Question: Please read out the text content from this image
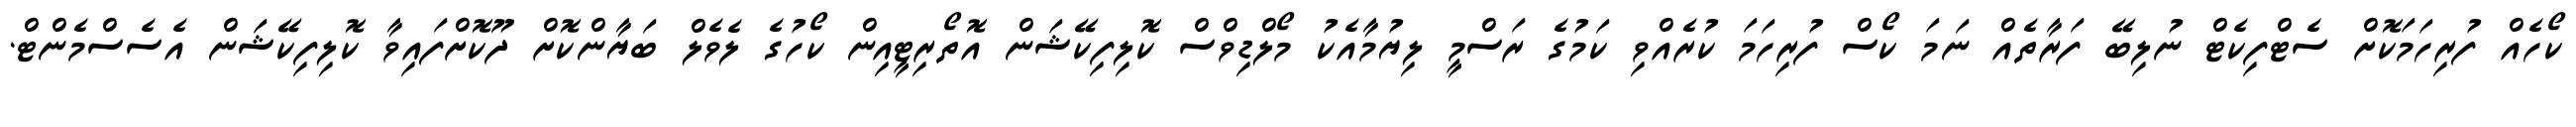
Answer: ކޯހެއް ފުރިހަމަކޮށް ސެޓްފިކެޓް ނުލިބޭ ފަރާތެއް ނަމަ ކޯސް ފުރިހަމަ ކުރެއްވި ކަމުގެ ރަސްމީ ލިޔުމާއެކު މޯލްޑިވްސް ކޮލިފިކޭޝަން އޮތޯރިޓީއިން ކޯހުގެ ލެވެލް ބަޔާންކޮށް ދޫކޮށްފައިވާ ކޮލިފިކޭޝަން އެސެސްމެންޓް.